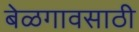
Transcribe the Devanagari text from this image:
बेळगावसाठी